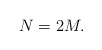
\begin{align*}N=2 M. \end{align*}